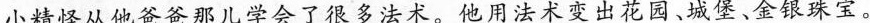
小精怪从他爸爸那儿学会了很多法术。他用法术变出花园﹑城堡、金银珠宝。